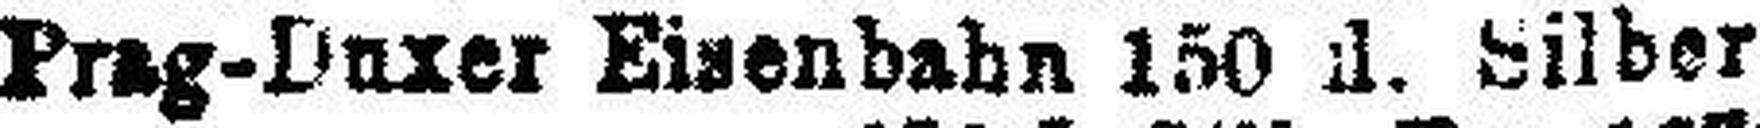
Prag-Dnxer Eisenbahn 150 fl. Silber